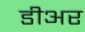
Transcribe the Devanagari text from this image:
डीअर